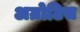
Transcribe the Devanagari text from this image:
अग्रोटिस